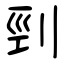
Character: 剄